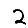
Digit: 2